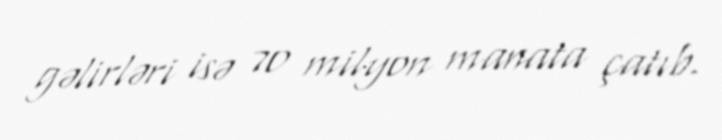
gəlirləri isə 70 milyon manata çatıb.